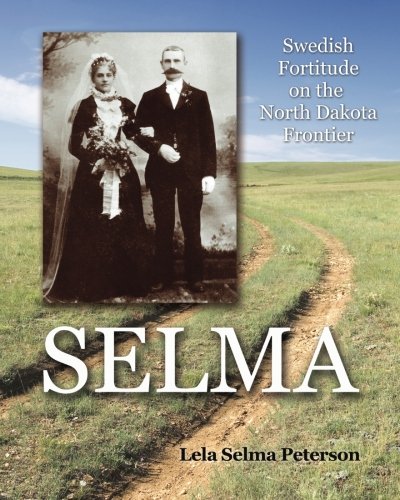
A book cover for Selma: Swedish Fortitude on the North Dakota Frontier; Lela Selma Peterson; Biographies & Memoirs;